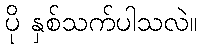
ပို နှစ်သက်ပါသလဲ။